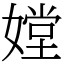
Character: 𡠠